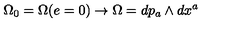
\Omega _ { 0 } = \Omega ( e = 0 ) \rightarrow \Omega = d p _ { a } \wedge d x ^ { a }